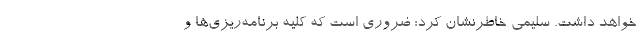
خواهد داشت. سلیمی خاطرنشان کرد: ضروری است که کلیه برنامه‌ریزی‌ها و